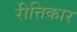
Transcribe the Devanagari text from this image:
रीत्तिकार